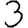
Digit: 3